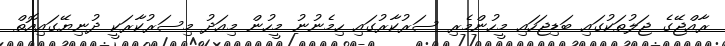
ރާއްޖޭގެ ޖަލުތަކުގައި ބަޑިޖަހައި މީހުންމެރި ސަރުކާރުގައި ހިމެނުނު މީހުން މިއަދު މިސަރުކާރަކީ ދުނިޔޭގައިއޮތް